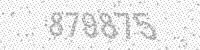
Solution: 879875